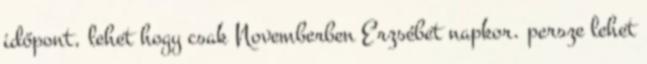
időpont, lehet hogy csak Novemberben Erzsébet napkor. persze lehet